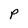
Character: P